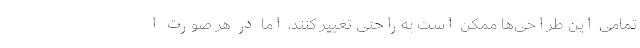
تمامی این طراحی‌ها ممکن است به‌راحتی تغییر کنند، اما در هر صورت ا